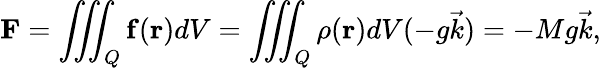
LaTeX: \mathbf{F}=\iiint_{Q}\mathbf{f}(\mathbf{r})dV=\iiint_{Q}\rho(\mathbf{r})dV(-g{\vec{k}})=-Mg{\vec{k}},